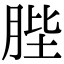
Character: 䏶